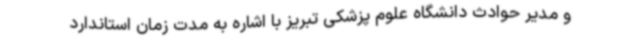
و مدیر حوادث دانشگاه علوم پزشکی تبریز با اشاره به مدت زمان استاندارد